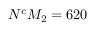
N ^ { c } M _ { 2 } = 6 2 0